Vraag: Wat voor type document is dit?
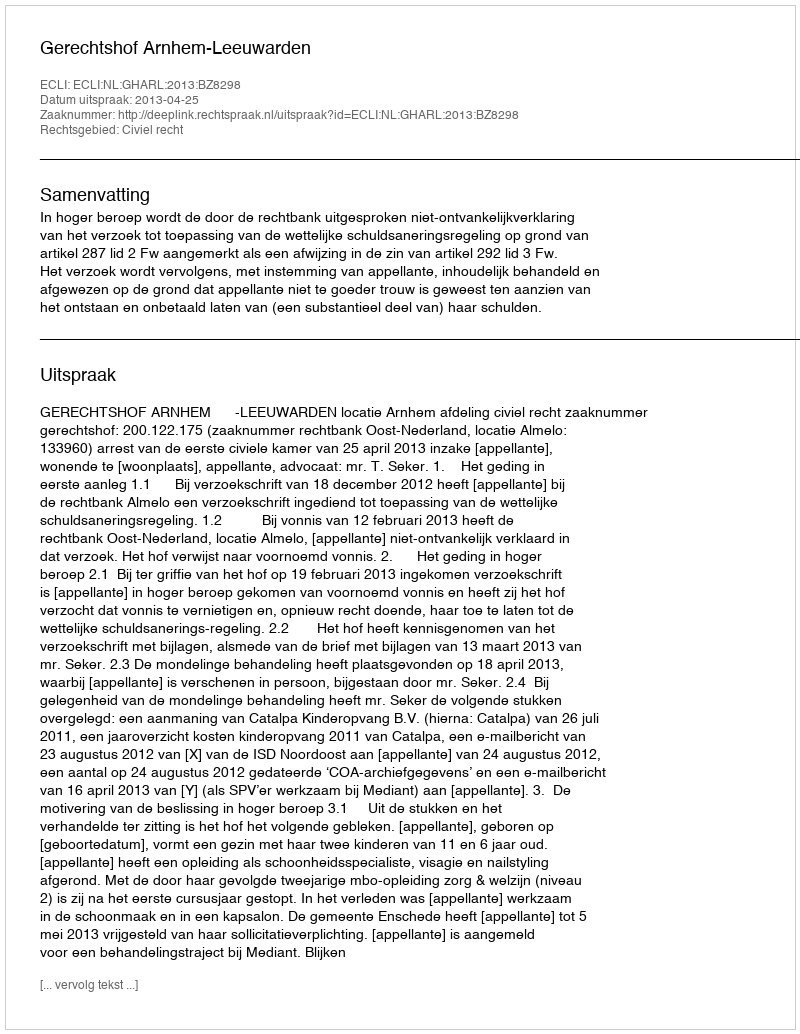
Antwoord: Uitspraak